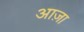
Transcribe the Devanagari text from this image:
आज़ा